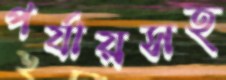
পর্যায়সহ